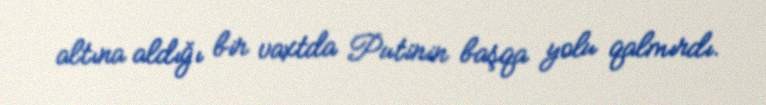
altına aldığı bir vaxtda Putinin başqa yolu qalmırdı.